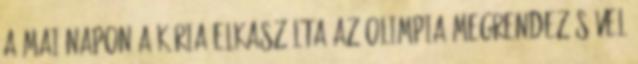
A mai napon a Kúria elkaszálta az olimpia megrendezésével